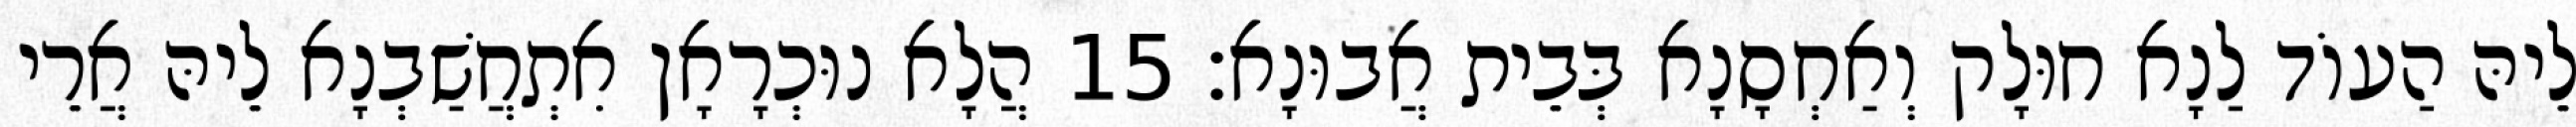
לֵיהּ הַעוֹד לַנָא חוּלָק וְאַחְסָנָא בְּבֵית אֲבוּנָא׃ 15 הֲלָא נוּכְרָאָן אִתְחֲשַׁבְנָא לֵיהּ אֲרֵי